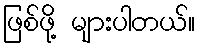
ဖြစ်ဖို့ များပါတယ်။